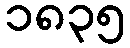
၁၈၃၅